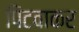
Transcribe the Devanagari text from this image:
पिटवाकर